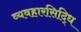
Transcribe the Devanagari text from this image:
व्यवहारसिद्धि